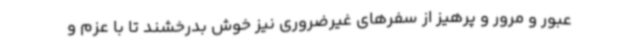
عبور و مرور و پرهیز از سفرهای غیرضروری نیز خوش بدرخشند تا با عزم و